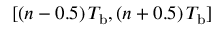
[ ( n - 0 . 5 ) \, T _ { \mathrm { b } } , ( n + 0 . 5 ) \, T _ { \mathrm { b } } ]